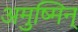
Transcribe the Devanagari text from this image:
अमुष्मिन्